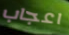
اعجاب